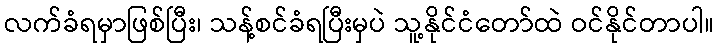
လက်ခံရမှာဖြစ်ပြီး၊ သန့်စင်ခံရပြီးမှပဲ သူ့နိုင်ငံတော်ထဲ ဝင်နိုင်တာပါ။